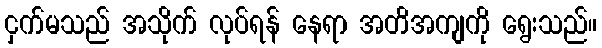
ငှက်မသည် အသိုက် လုပ်ရန် နေရာ အတိအကျကို ရွေးသည်။